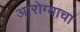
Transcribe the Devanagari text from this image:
आरोग्याचा